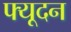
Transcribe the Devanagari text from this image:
फ्यूदन